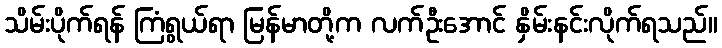
သိမ်းပိုက်ရန် ကြံရွယ်ရာ မြန်မာတို့က လက်ဦးအောင် နှိမ်းနင်းလိုက်ရသည်။